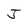
Character: J